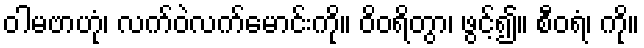
ဝါမဗာဟုံ၊ လက်ဝဲလက်မောင်းကို။ ဝိဝရိတွာ၊ ဖွင့်၍။ စီဝရံ၊ ကို။